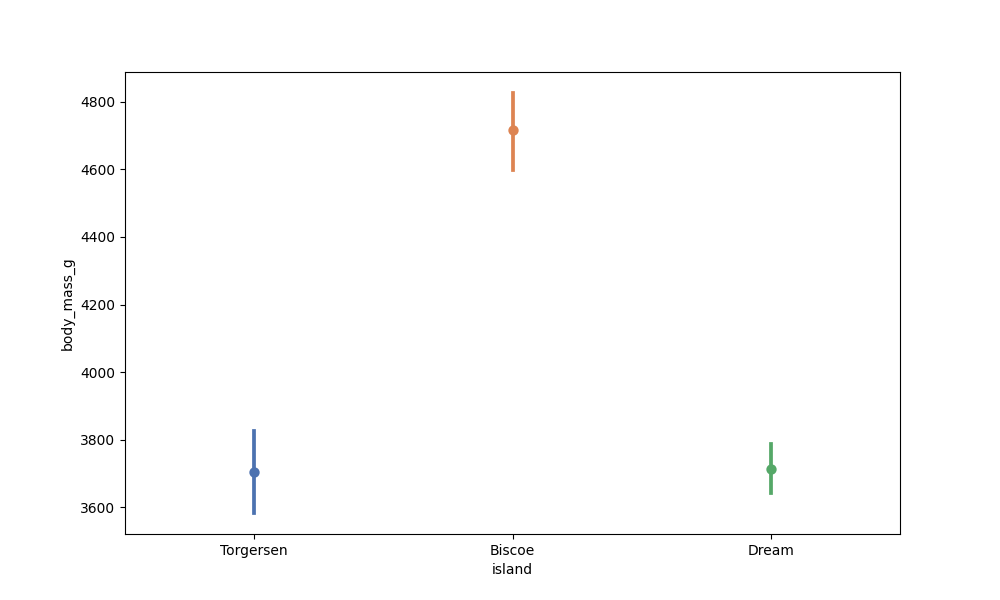
python, seaborn, pointplot, scale=1.0, join=True, hue='None', palette='deep'